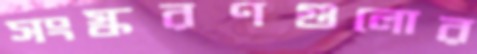
সংস্করণগুলোর